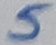
Text: 5